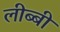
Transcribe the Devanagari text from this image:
लीब्बी